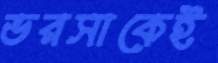
ভরসাকেই